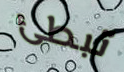
تبطئ